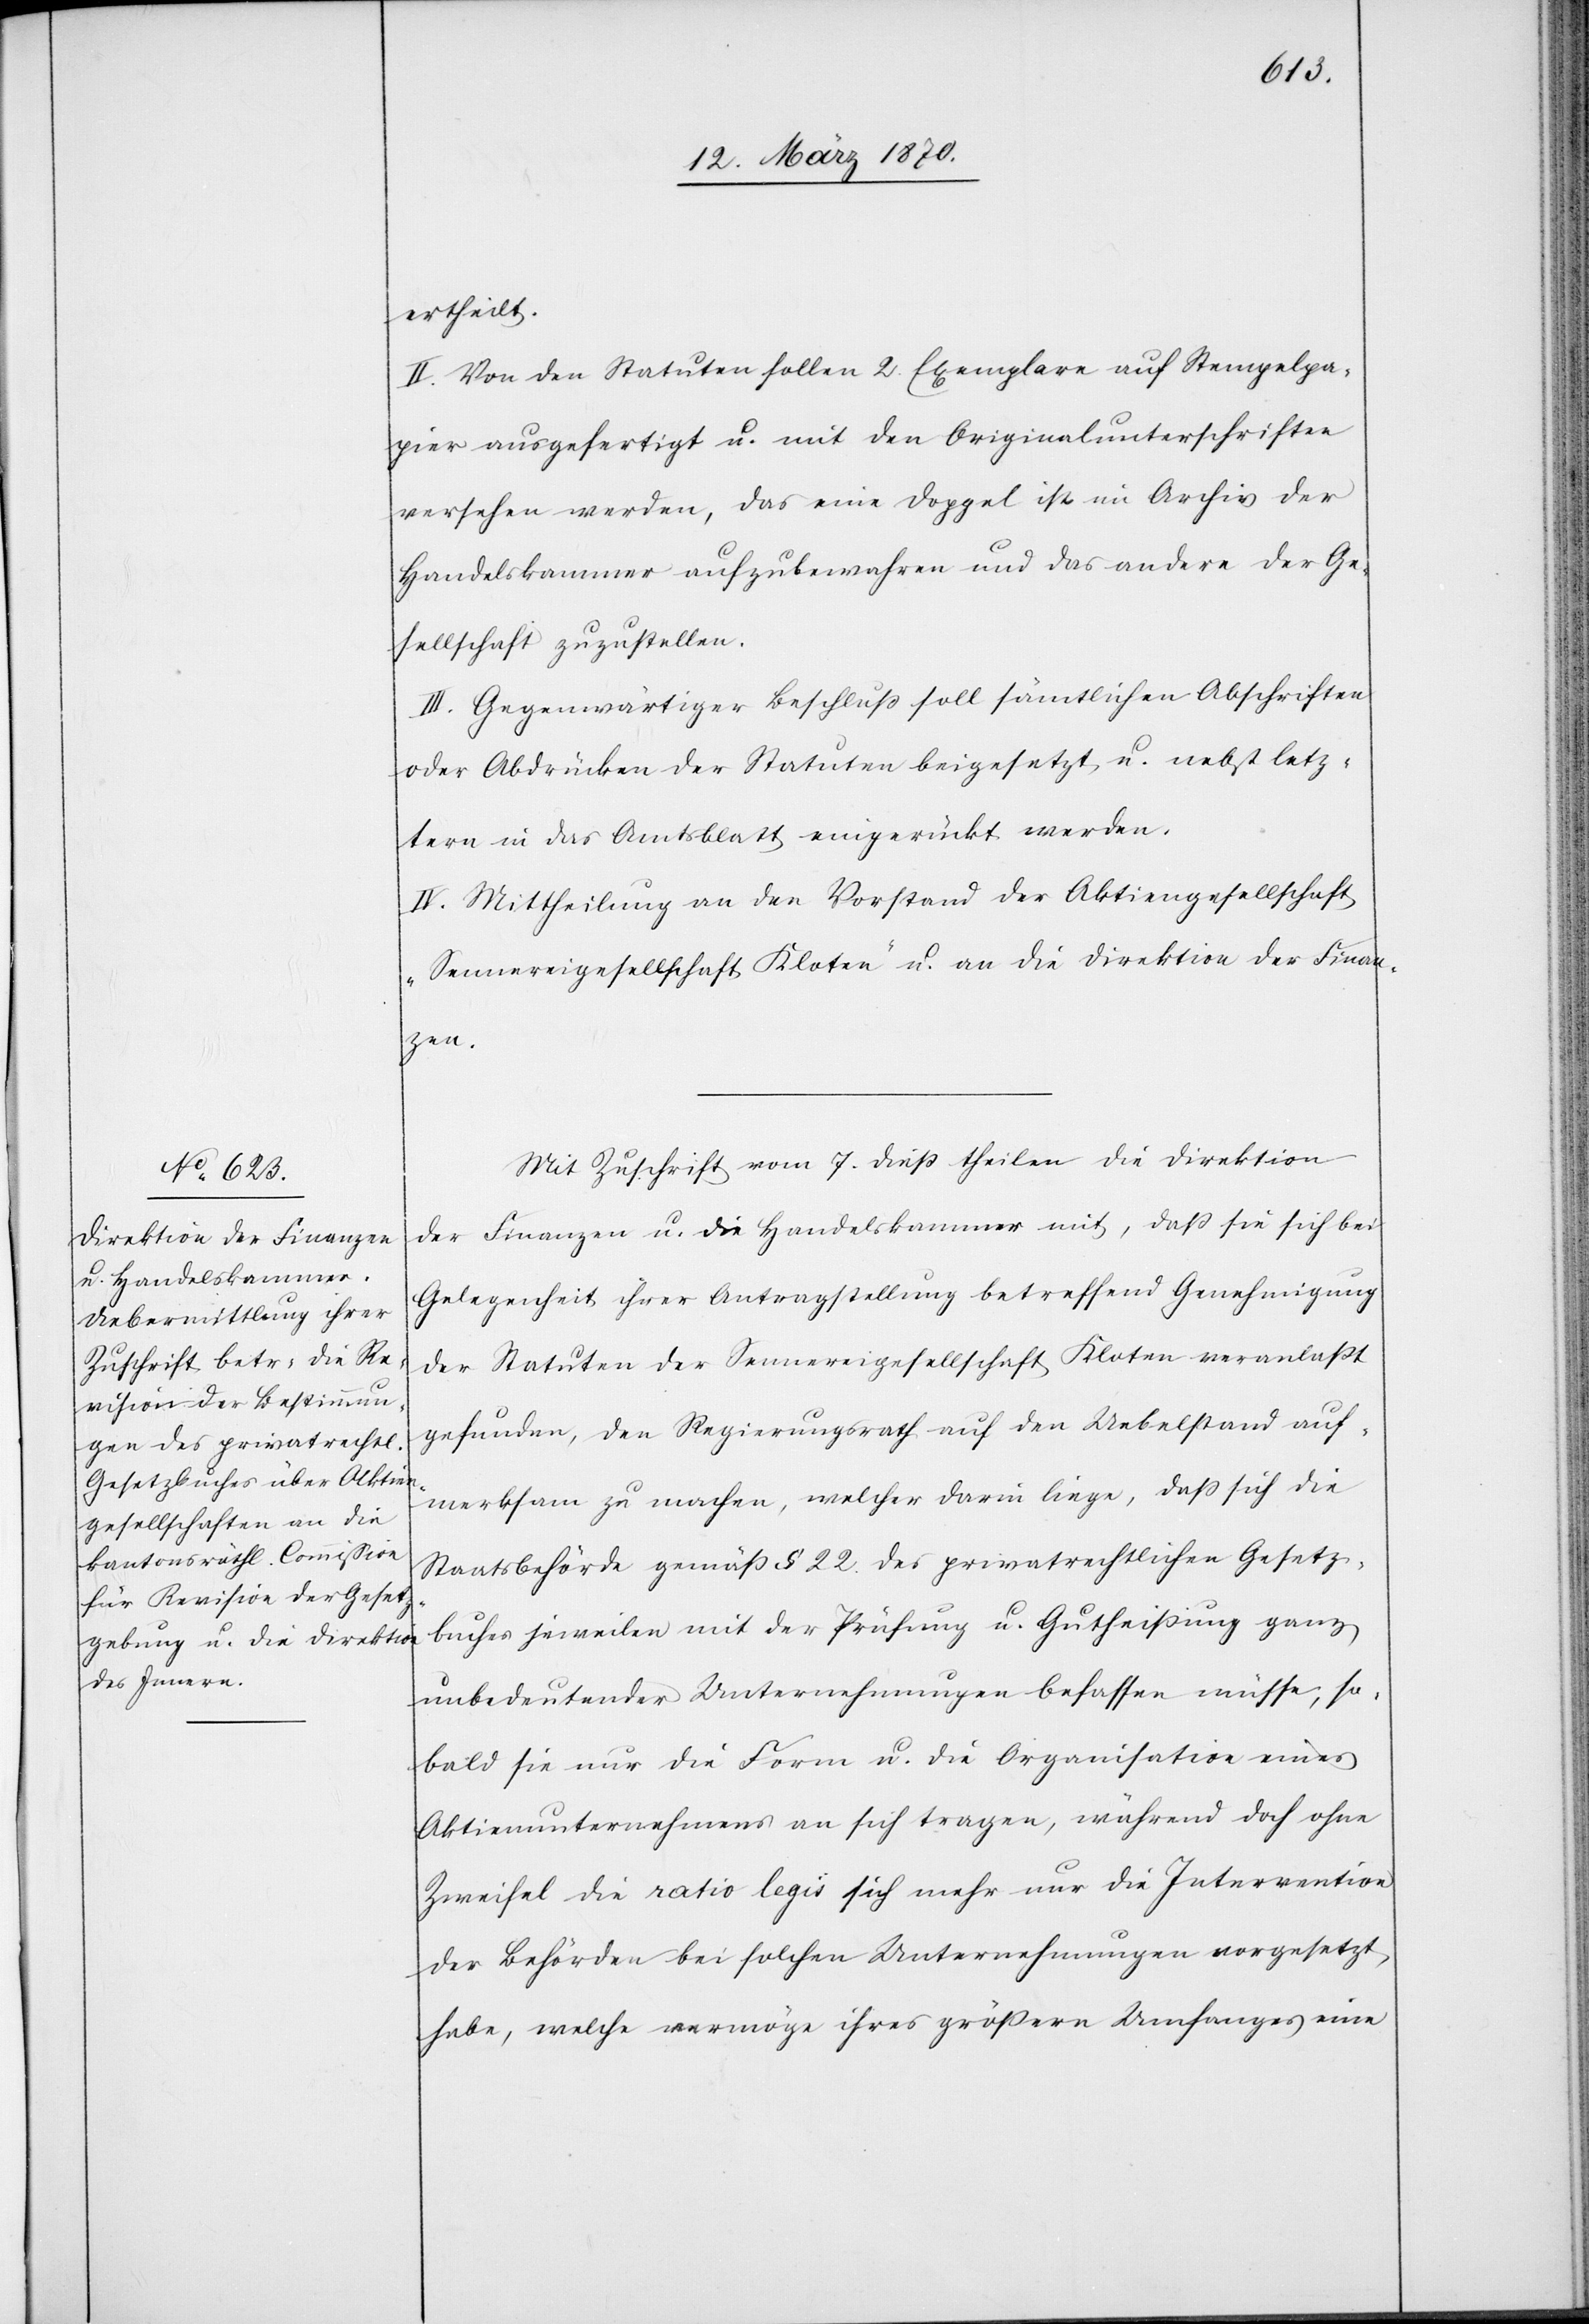
ertheilt.
II. Von den Statuten sollen 2 Exemplare auf Stempelpa¬
pier ausgefertigt u. mit den Originalunterschriften
versehen werden, das eine Doppel ist im Archiv der
Handelskammer aufzubewahren und das andere der Ge¬
sellschaft zuzustellen.
III. Gegenwärtiger Beschluß soll sämtlichen Abschriften
oder Abdrücken der Statuten beigesetzt, u. nebst letz¬
tern in das Amtsblatt eingerückt werden.
IV. Mittheilung an den Vorstand der Aktiengesellschaft
„Sennereigesellschaft Kloten“ u. an die Direktion der Finan¬
zen.
Mit Zuschrift vom 7. dieß theilen die Direktion
der Finanzen u. die Handelskammer mit, daß sie sich bei
Gelegenheit ihrer Antragstellung betreffend Genehmigung
der Statuten der Sennereigesellschaft Kloten veranlaßt
gefunden, den Regierungsrath auf den Uebelstand auf¬
merksam zu machen, welcher darin liege, daß sich die
Staatsbehörde gemäß § 22. des privatrechtlichen Gesetz¬
buches jeweilen mit der Prüfung u. Gutheißung ganz
unbedeutender Unternehmungen befassen müsse, so¬
bald sie nur die Form u. die Organisation eines
Aktienunternehmens an sich tragen, während doch ohne
Zweifel die ratio legis sich mehr nur die Intervention
der Behörden bei solchen Unternehmungen vorgesetzt
habe, welche vermöge ihres größern Umfanges eine